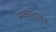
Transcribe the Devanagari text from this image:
मकरंदावर